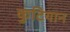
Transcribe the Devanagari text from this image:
कुटियान